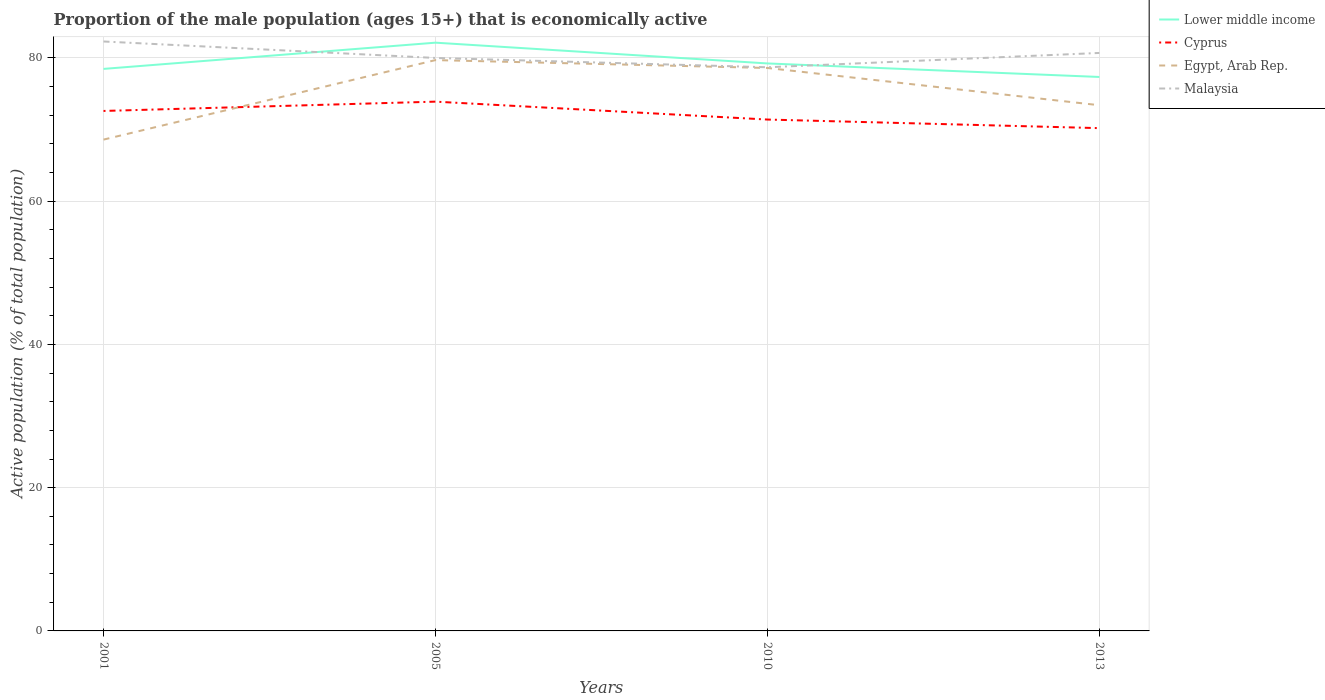
| Years | Lower middle income | Cyprus | Egypt, Arab Rep. | Malaysia |
 | --- | --- | --- | --- | --- |
 | 2001 | 78.5 | 72.6 | 68.6 | 82.3 |
 | 2005 | 82.1 | 73.9 | 79.7 | 80 |
 | 2010 | 79.2 | 71.4 | 78.6 | 78.7 |
 | 2013 | 77.3 | 70.2 | 73.4 | 80.7 |